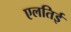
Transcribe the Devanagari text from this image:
एलतिई